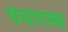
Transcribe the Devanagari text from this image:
पंचांगस्थ